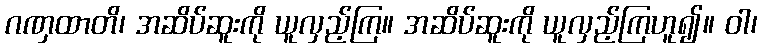
ဂဏှထာတိ၊ အဆိပ်ဆူးကို ယူလှည့်ကြ။ အဆိပ်ဆူးကို ယူလှည့်ကြဟူ၍။ ဝါ၊